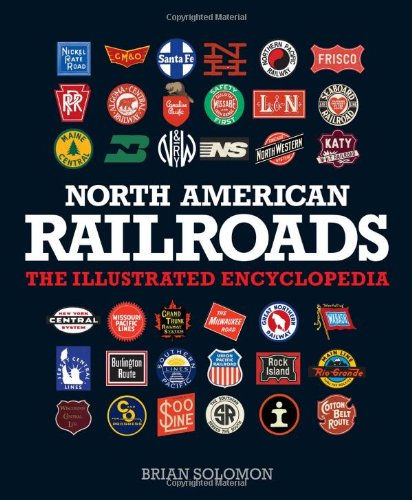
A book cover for North American Railroads: The Illustrated Encyclopedia; Brian Solomon; Arts & Photography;